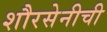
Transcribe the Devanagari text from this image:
शौरसेनीची